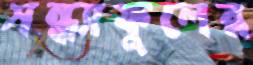
সন্ধ্যাফুলের